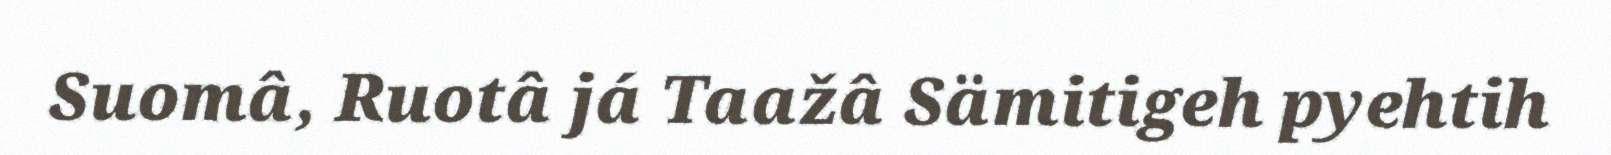
Suomâ, Ruotâ já Taažâ Sämitigeh pyehtih